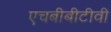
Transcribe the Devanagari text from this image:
एचबीबीटीवी